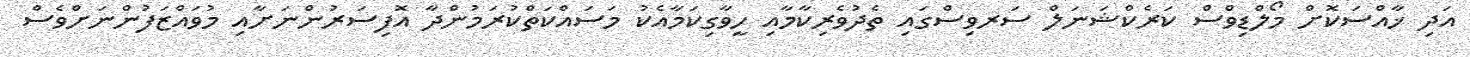
އަދި ޚާއްސަކޮށް މޯލްޑިވްސް ކަރެކްޝަނަލް ސަރވިސްގައި ތެދުވެރިކާމާއި ހީވާގިކަމާއެކު މަސައްކަތްކުރަމުންދާ އޮފިސަރުންނަށާއި މުވައްޒަފުންނަށްވެސް